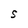
Character: S